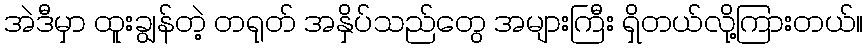
အဲဒီမှာ ထူးချွန်တဲ့ တရုတ် အနှိပ်သည်တွေ အများကြီး ရှိတယ်လို့ကြားတယ်။